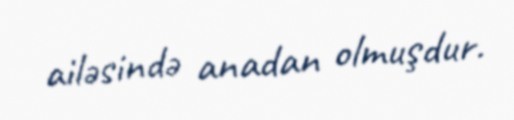
ailəsində anadan olmuşdur.